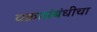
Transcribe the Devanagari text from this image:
वक्रासंबंधीचा